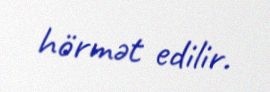
hörmət edilir.